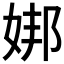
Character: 𪥶